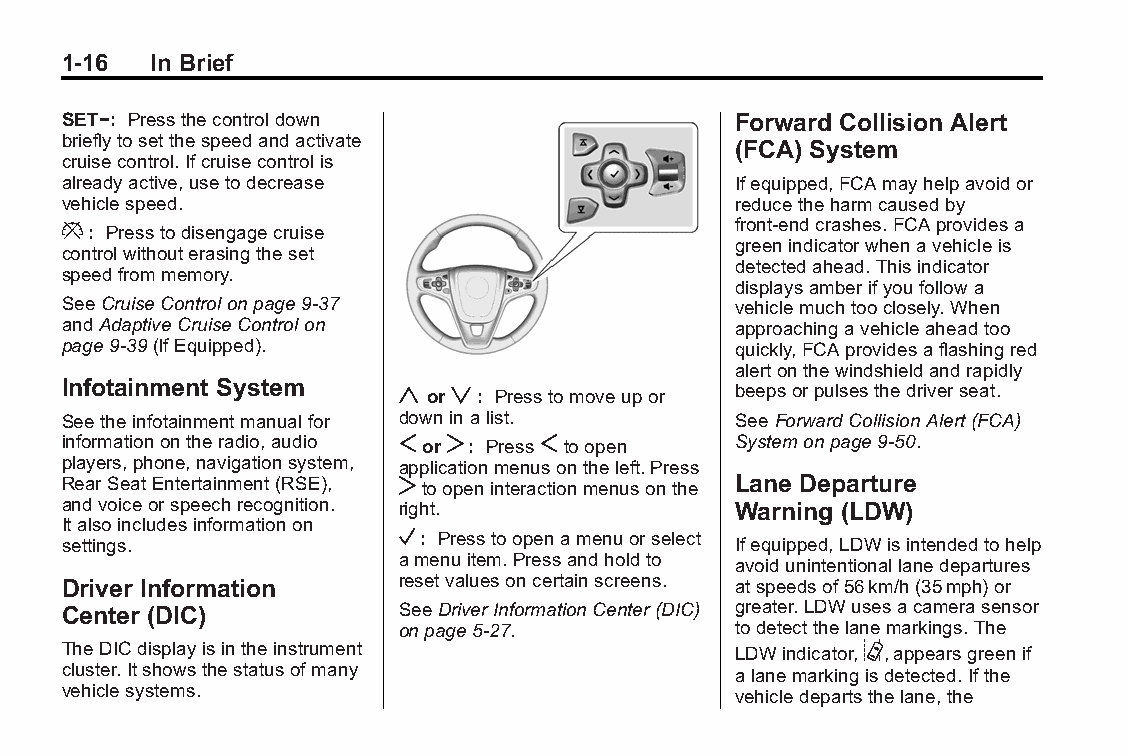
Buick LaCrosse Owner Manual (GMNA-Localizing-U.S./Canada/Mexico- Blackplate(16,1)
 6043609)-2014-2ndEdition-10/17/13
 1-16  In Brief
 SET−: Pressthecontroldown                   Forward Collision Alert
 brieflytosetthespeedandactivate
 (FCA) System
 cruisecontrol.Ifcruisecontrolis
 alreadyactive,usetodecrease                 Ifequipped,FCAmayhelpavoidor
 vehiclespeed.                               reducetheharmcausedby
 *: Presstodisengagecruise                   front-endcrashes.FCAprovidesa
 greenindicatorwhenavehicleis
 controlwithouterasingtheset
 detectedahead.Thisindicator
 speedfrommemory.
 displaysamberifyoufollowa
 SeeCruiseControlonpage9-37                  vehiclemuchtooclosely.When
 andAdaptiveCruiseControlon                  approachingavehicleaheadtoo
 page9-39(IfEquipped).                       quickly,FCAprovidesaflashingred
 alertonthewindshieldandrapidly
 Infotainment System   yorz: Presstomoveupor beepsorpulsesthedriverseat.
 Seetheinfotainmentmanualfor downinalist.    SeeForwardCollisionAlert(FCA)
 informationontheradio,audio SorT: PressStoopen Systemonpage9-50.
 players,phone,navigationsystem, applicationmenusontheleft.Press
 RearSeatEntertainment(RSE), Ttoopeninteractionmenusonthe Lane Departure
 andvoiceorspeechrecognition. right.         Warning (LDW)
 Italsoincludesinformationon
 settings.             V: Presstoopenamenuorselect Ifequipped,LDWisintendedtohelp
 amenuitem.Pressandholdto avoidunintentionallanedepartures
 Driver Information    resetvaluesoncertainscreens. atspeedsof56km/h(35mph)or
 Center (DIC)          SeeDriverInformationCenter(DIC) greater.LDWusesacamerasensor
 onpage5-27.           todetectthelanemarkings.The
 TheDICdisplayisintheinstrument              LDWindicator,@,appearsgreenif
 cluster.Itshowsthestatusofmany              alanemarkingisdetected.Ifthe
 vehiclesystems.                             vehicledepartsthelane,the